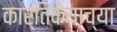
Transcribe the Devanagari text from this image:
कार्तिकेयाच्या